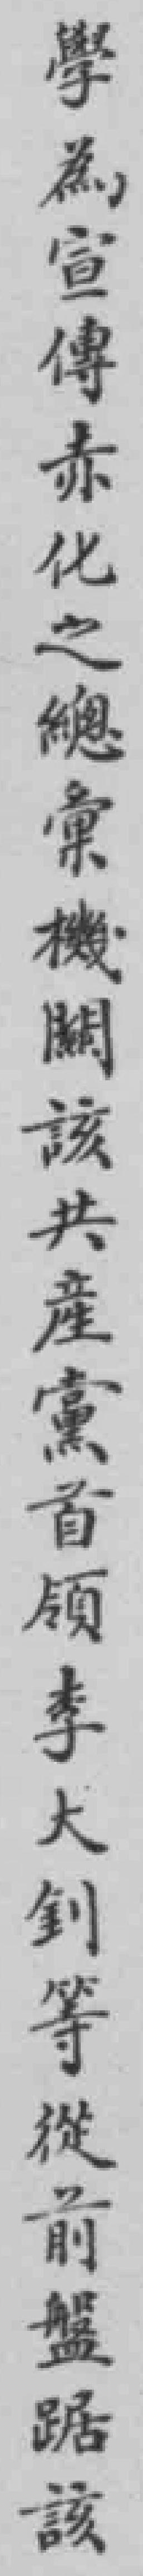
學為宣傳赤化之總彙機闗該共產黨首領李大釗等從前盤踞該